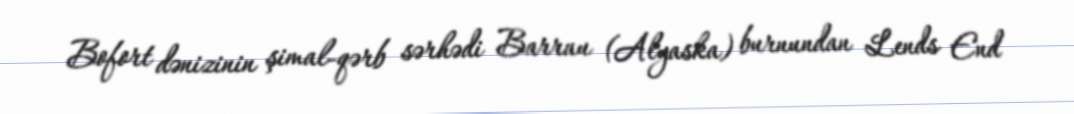
Bofort dənizinin şimal-qərb sərhədi Barrau (Alyaska) burnundan Lends End